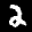
Label: 2